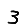
Digit: 3